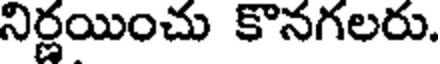
నిర్ణయించు కొనగలరు.